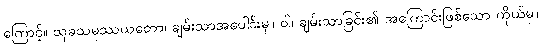
ကြောင့်။ သုခသမုဿယတော၊ ချမ်းသာအပေါင်းမှ။ ဝါ၊ ချမ်းသာခြင်း၏ အကြောင်းဖြစ်သော ကိုယ်မှ။